Report of the Hyderabad Chloroform Commission
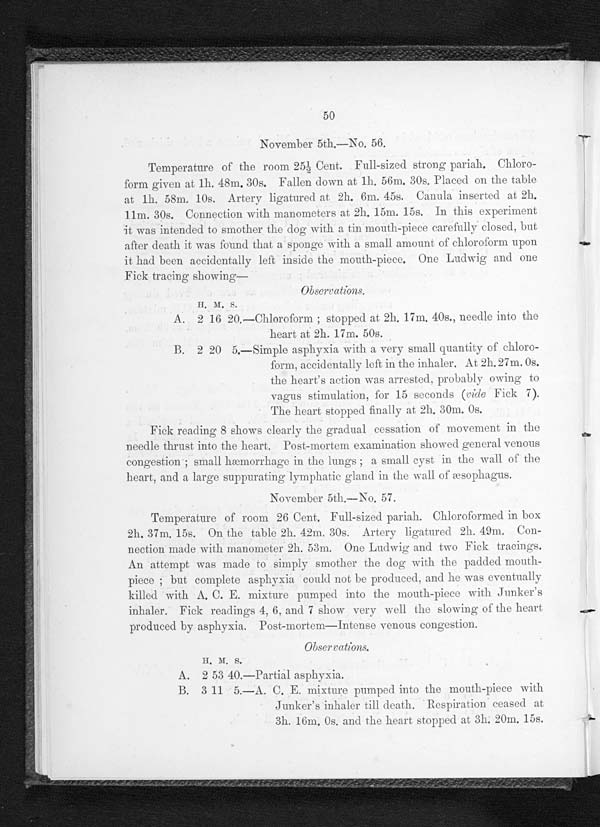
50
November 5th.—No. 56.
Temperature of the room 25½ Cent. Full-sized strong pariah. Chloro-
form given at 1h. 48m. 30s. Fallen down at 1h. 56m. 30s. Placed on the table
at lh. 58m. 10s. Artery ligatured at 2h. 6m. 45s. Canula inserted at 2h.
11m. 30s. Connection with manometers at 2h. 15m. 15s. In this experiment
it was intended to smother the dog with a tin mouth-piece carefully closed, but
after death it was found that a sponge with a small amount of chloroform upon
it had been accidentally left inside the mouth-piece. One Ludwig and one
Fick tracing showing—
Observations.
H . M . S .
A. 2 16 20.—Chloroform; stopped at 2h. 17m. 40s., needle into the
heart at 2h. 17m. 50s.
B. 2 20 5.—Simple asphyxia with a very small quantity of chloro-
form. accidentally left in the inhaler. At 2h. 27m. 0s.
the heart's action was arrested, probably owing to
v a g u s s t i m u l a t i o n , f o r 1 5 s e c o n d s(
r i d e
F i c k 7 ) .
The heart stopped finally at 2h. 30m. 0s.
Fick reading 8 shows clearly the gradual cessation of movement in the
needle thrust into the heart. Post-mortem examination showed general venous
c o n g e s t i o n ; s ma l l h æmo r r h a g e i n t h e l u n g s ; a s ma l l c y s t i n t h e wa l l o f t h e
heart, and a large suppurating lymphatic gland in the wall of æsophagus.
November 5th.—No. 57.
Temperature of room 26 Cent. Full-sized pariah. Chloroformed in box
2h. 37m. 15s. On the table 2h. 42m. 30s. Artery ligatured 2h. 49m. Con-
nection made with manometer 2h. 53m. One Ludwig and two Fick tracings.
An attempt was made to simply smother the dog with the padded mouth-
p i e c e ; b u t c o m p l e t e a s p h y x i a c o u l d n o t b e p r o d u c e d , a n d h e w a s e v e n t u a l l y
killed with A. C. E. mixture pumped into the mouth-piece with Junker's
inhaler. Fick readings 4, 6, and 7 show very well the slowing of the heart
produced by asphyxia. Post-mortem—Intense venous congestion.
O b s e r v a t i o n s .
H . M .
s .
A. 2 53 40.—Partial asphyxia.
B. 3 11 5.—A. C. E. mixture pumped into the mouth-piece with
Junker's inhaler till death. Respiration ceased at
3h. 16m, 0s. and the heart stopped at 3h. 20m. 15s.